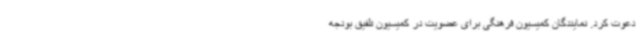
دعوت کرد. نمایندگان کمیسیون فرهنگی برای عضویت در کمیسیون تلفیق بودجه